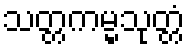
သတ္တကမ္မသုတ္တံ